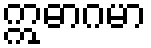
ဣဓာဂမာ